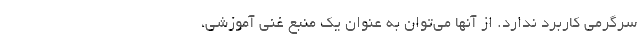
سرگرمی کاربرد ندارد. از آنها می‌توان به عنوان یک منبع غنی آموزشی،